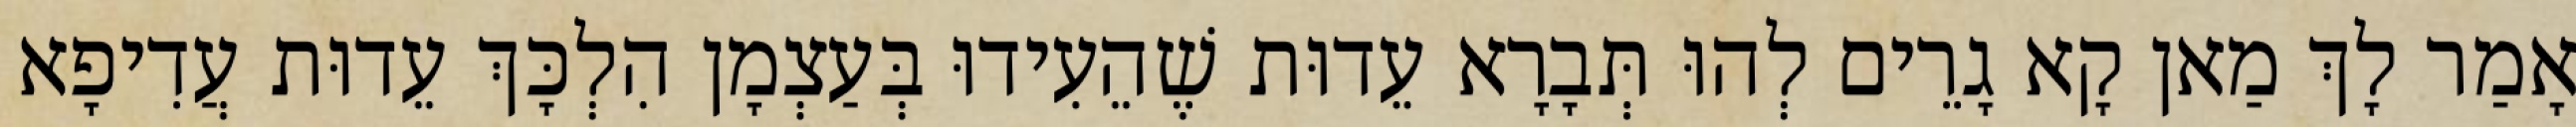
אָמַר לָךְ מַאן קָא גָרֵים לְהוּ תְּבָרָא עֵדוּת שֶׁהֵעִידוּ בְּעַצְמָן הִלְכָּךְ עֵדוּת עֲדִיפָא